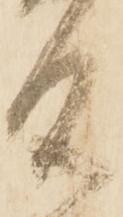
及